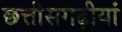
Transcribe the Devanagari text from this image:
छत्तीसगढ़ीयां